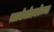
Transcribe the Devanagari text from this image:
त्लातेलोल्कोच्या